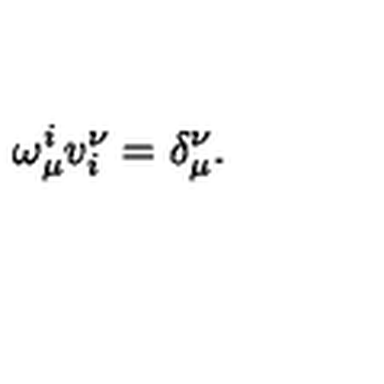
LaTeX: \omega _ { \mu } ^ { i } v _ { i } ^ { \nu } = \delta _ { \mu } ^ { \nu } .